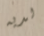
لديه